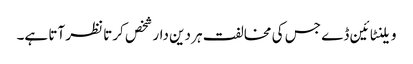
ویلنٹائین ڈے جس کی مخالفت ہر دین دار شخص کرتا نظر آتا ہے۔